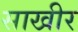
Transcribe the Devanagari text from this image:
साखीर